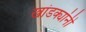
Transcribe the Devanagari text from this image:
खांडक्यांनी